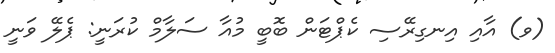
(ވ) އާއި އިނގިރޭސި ކެޕްޓަން ބޮބީ މުއާ ސަލާމް ކުރަނީ: ޕެލޭ ވަނީ